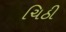
ચિઠી